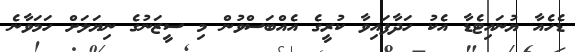
ޑެހެއާ ޔުނައިޓެޑާ އެކު ހަދާފައިވާ ކުރީގެ އެއްބަސްވުން މި ސީޒަނުގެ ނިޔަލަށް ހަމަވާނެ